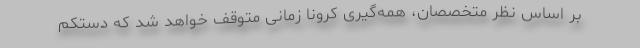
بر اساس نظر متخصصان، همه‌گیری کرونا زمانی متوقف خواهد شد که دستکم